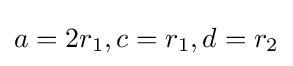
a=2r_{1},c=r_{1},d=r_{2}\,\!